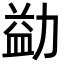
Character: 𪟢